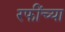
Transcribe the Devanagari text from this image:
रफींच्या